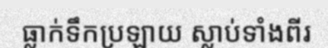
ធ្លាក់ទឹកប្រឡាយ ស្លាប់ទាំងពីរ